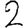
Digit: 2